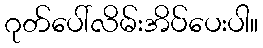
ဂုတ်ပေါ်လိမ်းအိပ်ပေးပါ။